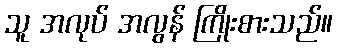
သူ အလုပ် အလွန် ကြိုးစားသည်။